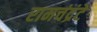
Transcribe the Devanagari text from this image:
रामचंद्रंटे